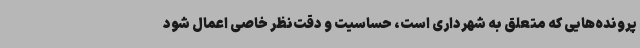
پرونده‌هایی که متعلق به شهرداری است، حساسیت و دقت‌نظر خاصی اعمال شود